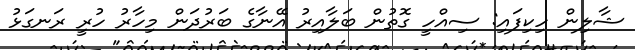
ޝާލިން ހިކިފައި: ސިއްހީ ގޮތުން ބަލާއިރު އޭނާގެ ބަރުދަން މިހާރު ހުރީ ރަނގަޅު